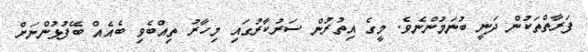
ފަރާތްތަކުން ދަނީ ބުނަމުންނެވެ. މީގެ އިތުރުން ސަރުކާރުގައި މިހާރު ތިއްބެވި ބެއެއް ބޭފުޅުންނަށް